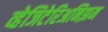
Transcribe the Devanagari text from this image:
व्हेजिटेरिअनिझम